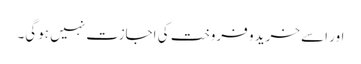
اور اسے خرید و فروخت کی اجازت نہیں ہوگی۔